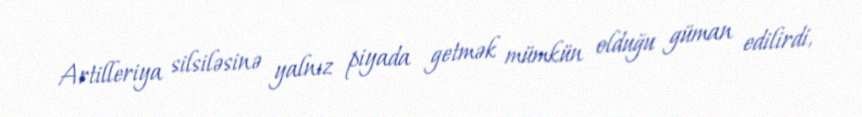
Artilleriya silsiləsinə yalnız piyada getmək mümkün olduğu güman edilirdi,